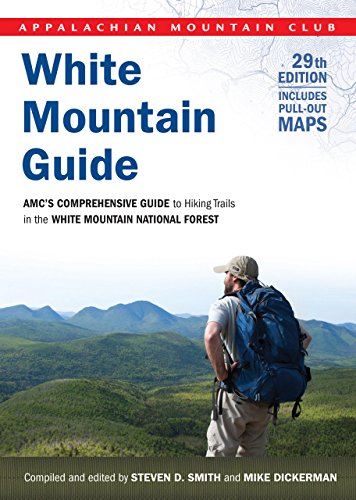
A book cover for White Mountain Guide: AMC's Comprehensive Guide To Hiking Trails In The White Mountain National Forest (Appalachian Mountain Club White Mountain Guide); Steven D. Smith; Health, Fitness & Dieting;